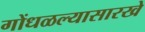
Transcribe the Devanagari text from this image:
गोंधळल्यासारखे